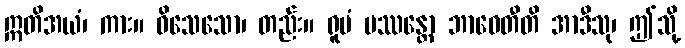
ဣတိအယံ၊ ကား။ ဝိသေသော၊ တည်း။ ရူပံ ပဿန္တော ဘာဝေတီတိ အာဒီသု၊ ဤသို့